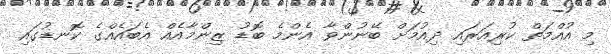
މި އުއްމަތް ކުރިއަރައި ދިއުމަށް ބޭނުންވާ އެންމެ ބޮޑު ޒިންމާއެއް އެބައެއްގެ ކޮނޑުގައި